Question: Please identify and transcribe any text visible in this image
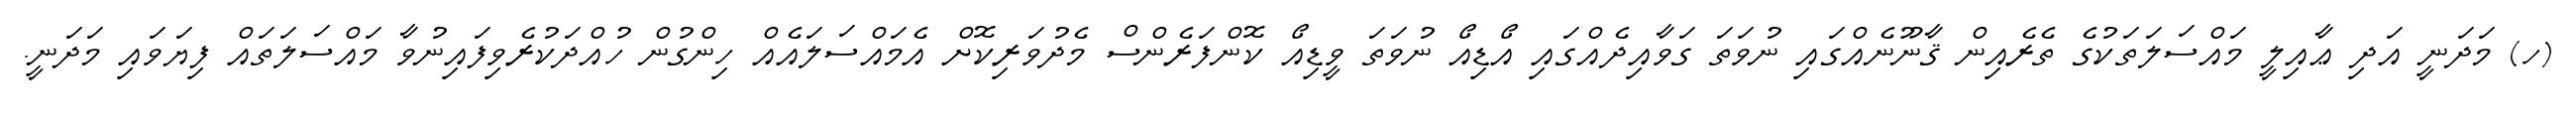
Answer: (ހ) މަދަނީ އަދި ޢާއިލީ މައްސަލަތަކުގެ ތެރެއިން ޤާނޫނެއްގައި ނުވަތަ ގަވާއިދެއްގައި އޯޑިއޯ ނުވަތަ ވީޑިއޯ ކޮންފަރެންސް މެދުވަރިކޮށް އެމައްސަލައެއް ހިންގުން ހުއްދަކުރެވިފައިނުވާ މައްސަލަތައް ފިޔަވައި މަދަނީ.